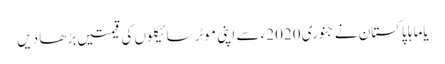
یاماہا پاکستان نے جنوری 2020ء سے اپنی موٹر سائیکلوں کی قیمتیں بڑھا دیں